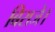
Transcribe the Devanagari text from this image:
बिराजे।